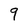
Character: 9